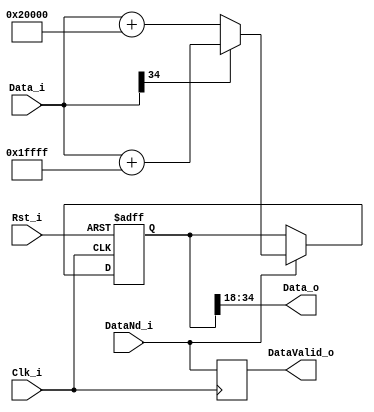
module roundSymmetric #
( 
	parameter inDataWidth = 35,
	parameter outDataWidth = 17
)
(
	input Rst_i,
	input Clk_i,
	input [inDataWidth-1 : 0] Data_i,
	input DataNd_i,
	output [outDataWidth-1 : 0] Data_o,
	output DataValid_o
);
	
	parameter [inDataWidth-1 : 0] addPositive = 2**(inDataWidth-outDataWidth-1);
	parameter [inDataWidth-1 : 0] addNegative = 2**(inDataWidth-outDataWidth-1)-1;
	
	reg [inDataWidth-1 : 0] corrData;
	always @ (posedge Clk_i or posedge Rst_i)
		if (Rst_i)
			corrData <= 0;
		else if (DataNd_i)
			begin
				if (Data_i[inDataWidth-1])
					corrData <= Data_i + addNegative;
				else 
					corrData <= Data_i + addPositive;
			end
			
	assign Data_o = corrData[inDataWidth-1 : inDataWidth-outDataWidth];
	
	reg outDataValidReg;
	always @ (posedge Clk_i) outDataValidReg <= DataNd_i;
	assign DataValid_o = outDataValidReg;

endmodule